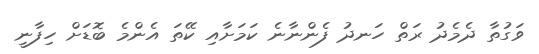
ވަގުތާ ދެމެދު ރަތް ހަނދު ފެންނާނެ ކަމަށާއި ކޭތަ އެންމެ ބޮޑަށް ހިފާނީ